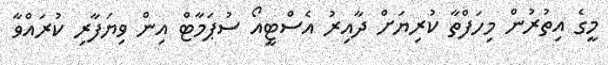
މީގެ އިތުރުން މިހަފްތާ ކުރިޔަށް ދާއިރު އެސްޓީއޯ ސުޕަމާޓް އިން ވިޔަފާރި ކުރައްވާ